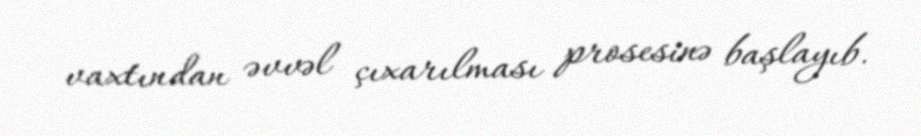
vaxtından əvvəl çıxarılması prosesinə başlayıb.